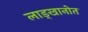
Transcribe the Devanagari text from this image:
लाड्खानोत